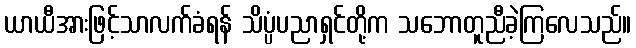
ယာယီအားဖြင့်သာလက်ခံရန် သိပ္ပံပညာရှင်တို့က သဘောတူညီခဲ့ကြလေသည်။